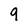
Character: 9